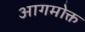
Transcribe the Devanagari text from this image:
आगमोक्त